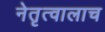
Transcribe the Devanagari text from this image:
नेतृत्वालाच